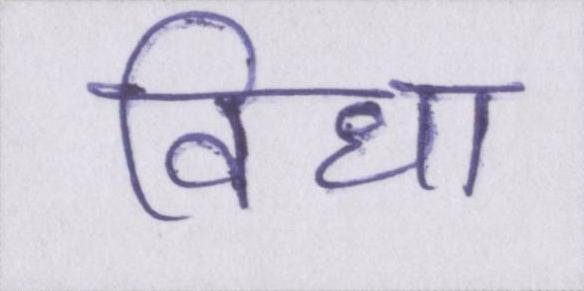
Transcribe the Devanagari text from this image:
विधा